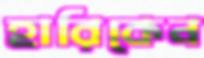
হারিকেন